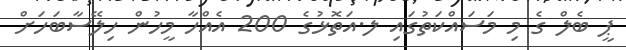
ޕީ ބެލް ގެ މި މަސައްކަތުގައި ލ.އަތޮޅުގެ 200 އެއްހާ މީހުން ހިލޭސާބަހަށް